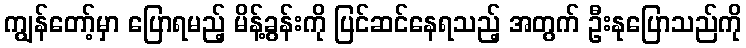
ကျွန်တော့်မှာ ပြောရမည့် မိန့်ခွန်းကို ပြင်ဆင်နေရသည့် အတွက် ဦးနုပြောသည်ကို